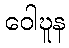
ဝေါဎူန